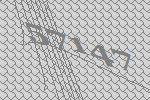
57147